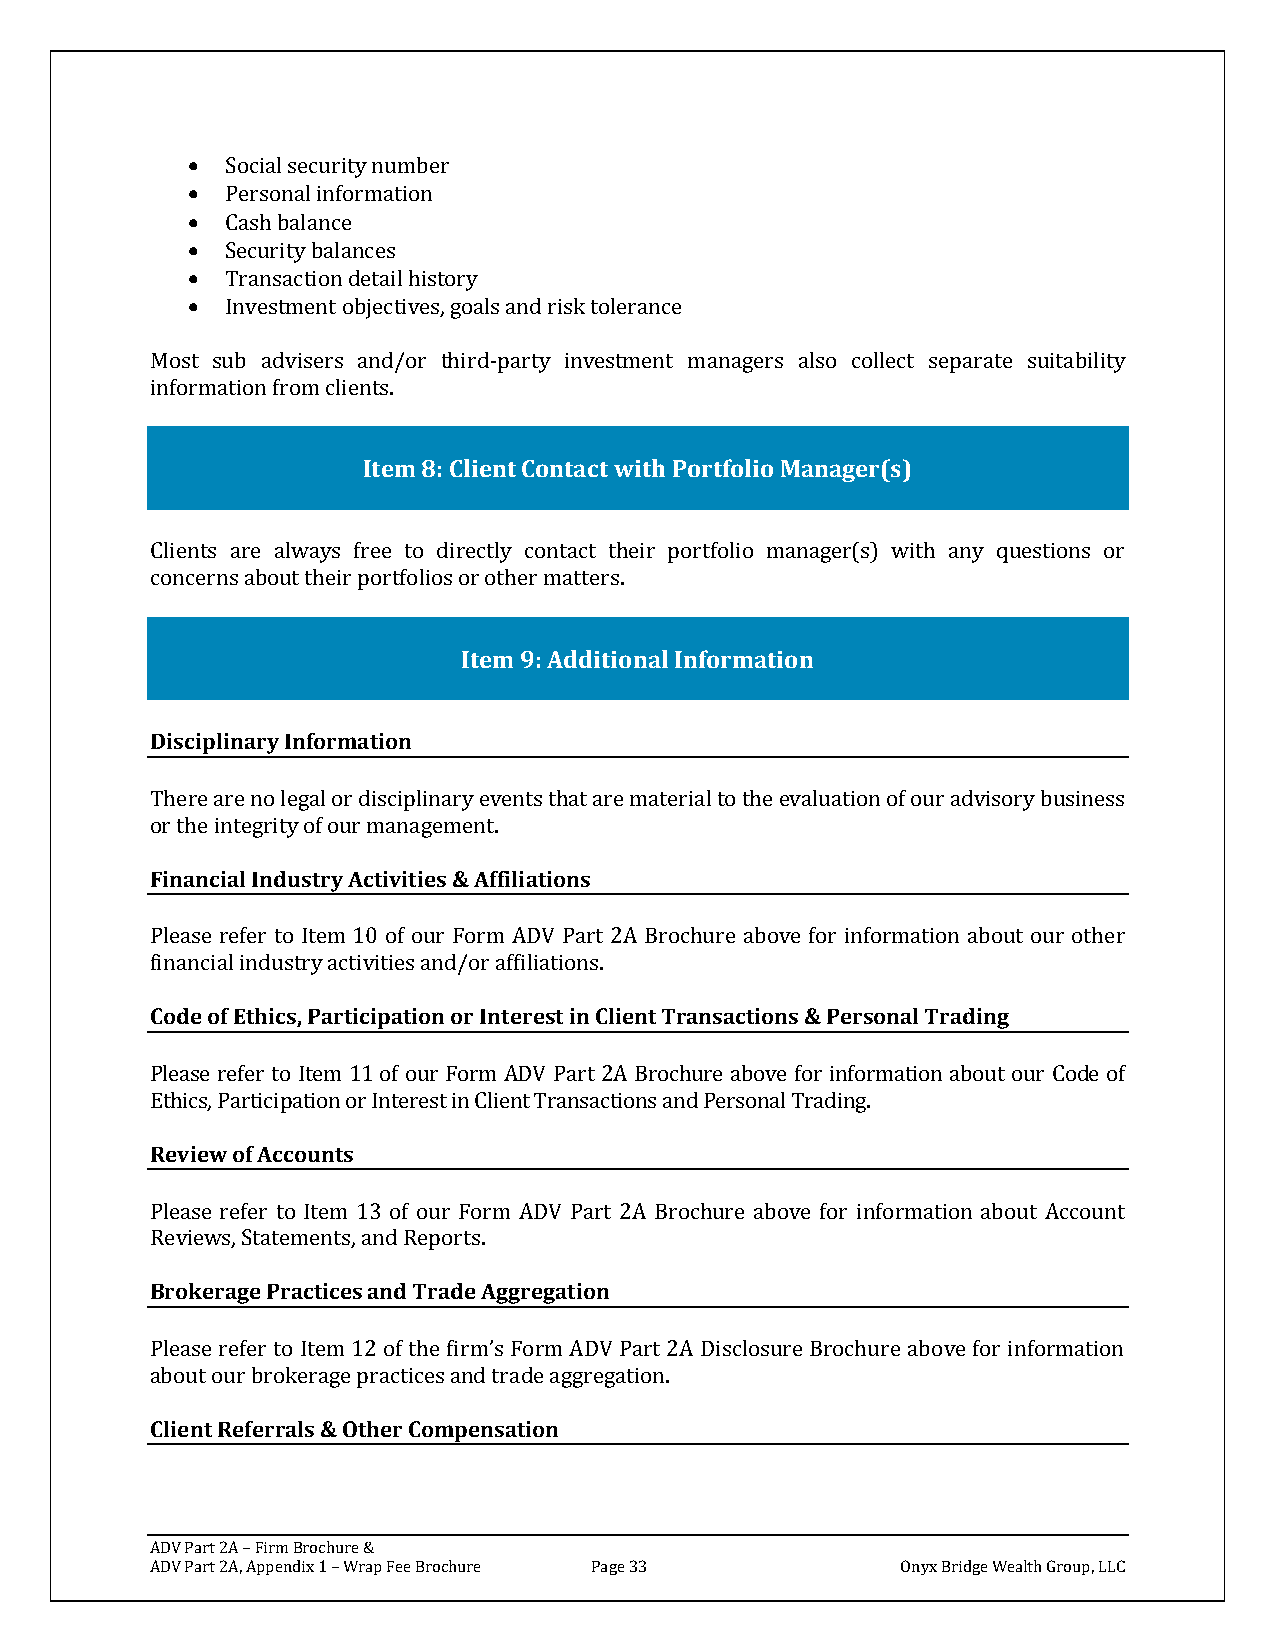
•  Social security number
 •  Personal information
 •  Cash balance
 •  Security balances
 •  Transaction detail history
 •  Investment objectives, goals and risk tolerance
 Most sub advisers and/or third-party investment managers also collect separate suitability
 information from clients.
 Item 8: Client Contact with Portfolio Manager(s)
 Clients are always free to directly contact their portfolio manager(s) with any questions or
 concerns about their portfolios or other matters.
 Item 9: Additional Information
 Disciplinary Information
 There are no legal or disciplinary events that are material to the evaluation of our advisory business
 or the integrity of our management.
 Financial Industry Activities & Affiliations
 Please refer to Item 10 of our Form ADV Part 2A Brochure above for information about our other
 financial industry activities and/or affiliations.
 Code of Ethics, Participation or Interest in Client Transactions & Personal Trading
 Please refer to Item 11 of our Form ADV Part 2A Brochure above for information about our Code of
 Ethics, Participation or Interest in Client Transactions and Personal Trading.
 Review of Accounts
 Please refer to Item 13 of our Form ADV Part 2A Brochure above for information about Account
 Reviews, Statements, and Reports.
 Brokerage Practices and Trade Aggregation
 Please refer to Item 12 of the firm’s Form ADV Part 2A Disclosure Brochure above for information
 about our brokerage practices and trade aggregation.
 Client Referrals & Other Compensation
 ADV Part 2A – Firm Brochure &
 ADV Part 2A, Appendix 1 – Wrap Fee Brochure Page 33 Onyx Bridge Wealth Group, LLC